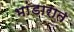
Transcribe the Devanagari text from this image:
भांडारात